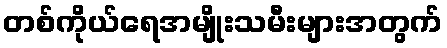
တစ်ကိုယ်ရေအမျိုးသမီးများအတွက်